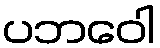
ပဘဝေါ